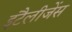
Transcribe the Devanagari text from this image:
इंटैलीजेंस